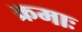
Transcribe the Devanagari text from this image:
क्रमाः